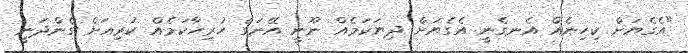
"އެގެޔަށް ކިހިނެއް އެނގެނީ އެގެޔަށް ދިޔަކަމެއް ނޫނީ އޭނަގެ ހުރިހާކަމެއް ކުރިއަށް ގެންދަނީ